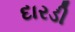
દારડી